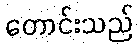
တောင်းသည်